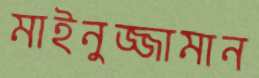
মাইনুজ্জামান